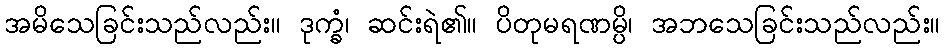
အမိသေခြင်းသည်လည်း။ ဒုက္ခံ၊ ဆင်းရဲ၏။ ပိတုမရဏမ္ပိ၊ အဘသေခြင်းသည်လည်း။